Plague in India, 1896, 1897 - Volume 2
Year: 1896
Disease focus: Plague
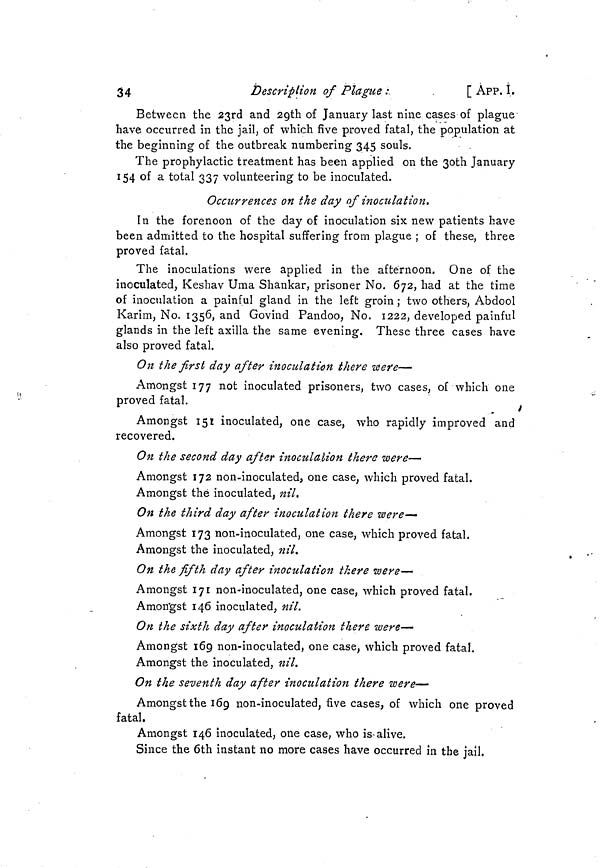
34
Description of Plague :.
[ ÀPP. I.
Between the 23rd and 29th of January last nine cas.es of plague
have occurred in the jail, of which five proved fatal, the population at
the beginning of the outbreak numbering 345 souls.
The prophylactic treatment has been applied on the 3oth January
154 of a total 337 volunteering to be inoculated.
Occurrences on the day of inoculation.
In the forenoon of the day of inoculation six new patients have
been admitted to the hospital suffering from plague ; of these, three
proved fatal.
The inoculations were applied in the afternoon. One of the
inoculated, Keshav Uma Shankar, prisoner No. 672, had at the time
of inoculation a painful gland in the left groin ; two others, Abdool
Karim, No. 1356, and Govind Pandoo, No. 1222, developed painful
glands in the left axilla the same evening. These three cases have
also proved fatal.
On the first day after inoculation there were—
Amongst 177 not inoculated prisoners, two cases, of which one
proved fatal.
Amongst 151 inoculated, one case, who rapidly improved and
recovered.
On the second day after inoculation there were—
Amongst 172 non-inoculated, one case, which proved fatal.
Amongst thé inoculated, nil.
On the third day after inoculation there were—
Amongst 173 non-inoculated, one case, which proved fatal.
Amongst the inoculated, nil.
On the fifth day after inoculation there were—
Amongst 171 non-inoculated, one case, which proved fatal.
Amongst 146 inoculated, nil.
On the sixth day after inoculation there were—
Amongst 169 non-inoculated, one case, which proved fatal.
Amongst the inoculated, nil.
On the seventh day after inoculation there were—
Amongst the 169 non-inoculated, five cases, of which one proved
fatal.
Amongst 146 inoculated, one case, who is-alive.
Since the 6th instant no more cases have occurred in the jail.